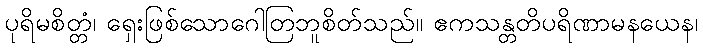
ပုရိမစိတ္တံ၊ ရှေးဖြစ်သောဂေါတြဘူစိတ်သည်။ ဧကသန္တတိပရိဏာမနယေန၊